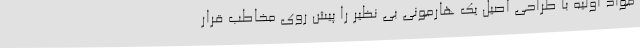
مواد اولیه با طراحی اصیل یک هارمونی بی نظیر را پیش روی مخاطب قرار